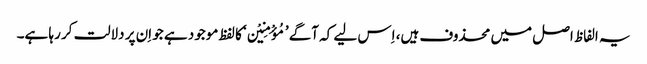
یہ الفاظ اصل میں محذوف ہیں، اِس لیے کہ آگے ’مُؤْمِنِیْن‘ کا لفظ موجود ہے جو اِن پر دلالت کر رہا ہے۔